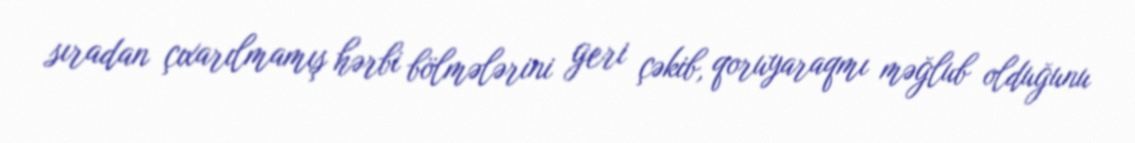
sıradan çıxarılmamış hərbi bölmələrini geri çəkib, qoruyaraqmı məğlub olduğunu